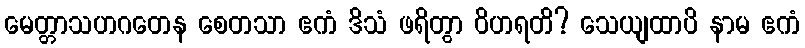
မေတ္တာသဟဂတေန စေတသာ ဧကံ ဒိသံ ဖရိတွာ ဝိဟရတိ? သေယျထာပိ နာမ ဧကံ